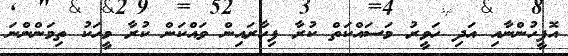
އޮފީހުންނާއި އަދި ހަވީރު މަސައްކަތް ކުރާ ފިހާރައިން ވައްކަން ކުރާ މީހަކު ތިމަންންނަ